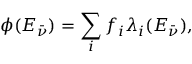
\phi ( E _ { \bar { \nu } } ) = \sum _ { i } f _ { i } \lambda _ { i } ( E _ { \bar { \nu } } ) ,